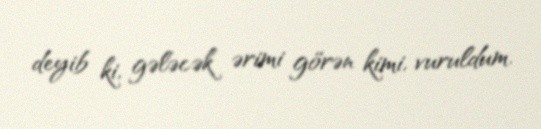
deyib ki, gələcək ərimi görən kimi, vuruldum.